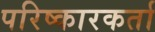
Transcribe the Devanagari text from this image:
परिष्कारकर्ता